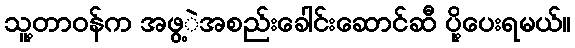
သူ့တာဝန်က အဖွ့ဲအစည်းခေါင်းဆောင်ဆီ ပို့ပေးရမယ်။